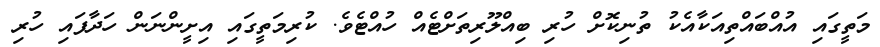
މަތީގައި އުއްބައްތިއަކާއެކު ތުނިކޮށް ހުރި ބިއްލޫރިތަށްޓެއް ހުއްޓެވެ. ކުރިމަތީގައި އިށީންނަން ހަދާފައި ހުރި